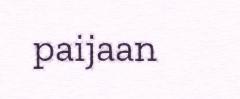
paijaan